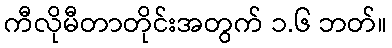
ကီလိုမီတာတိုင်းအတွက် ၁.၆ ဘတ်။